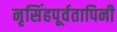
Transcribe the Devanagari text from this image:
नृसिंहपूर्वतापिनी